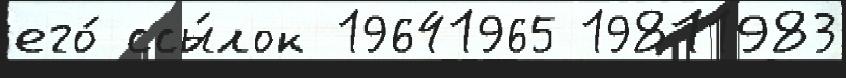
его́ ссы́лок 19641965 19811983